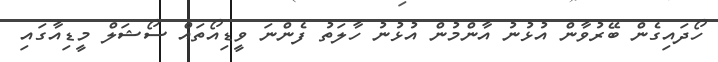
ހޯދައިގެން ބޭރުވާން އުޅުނު އާންމުން އުޅުނު ހާލަތު ފެންނަ ވީޑިއޯތައް ސޯޝަލް މީޑިއާގައި